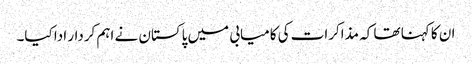
ان کا کہنا تھا کہ مذاکرات کی کامیابی میں پاکستان نے اہم کردار ادا کیا۔